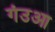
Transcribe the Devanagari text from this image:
गंउआ